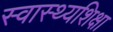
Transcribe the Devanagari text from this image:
स्वास्थ्यशिक्षा